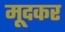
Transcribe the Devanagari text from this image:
मूदकर